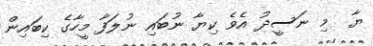
ޔާ  މި ނަސީދު އެވެ ކިޔާ ނުބައި ނުލަފާ މީހާގެ ކިބައިން